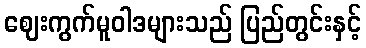
ဈေးကွက်မူဝါဒများသည် ပြည်တွင်းနှင့်